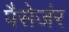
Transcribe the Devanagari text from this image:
पैसेजंर